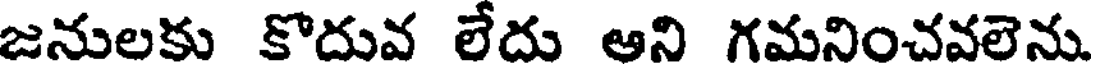
జనులకు కొదువ లేదు ఆని గమనించవలెను